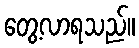
တွေ့လာရသည်။